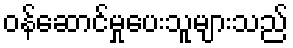
ဝန်ဆောင်မှုပေးသူများသည်